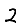
Digit: 2